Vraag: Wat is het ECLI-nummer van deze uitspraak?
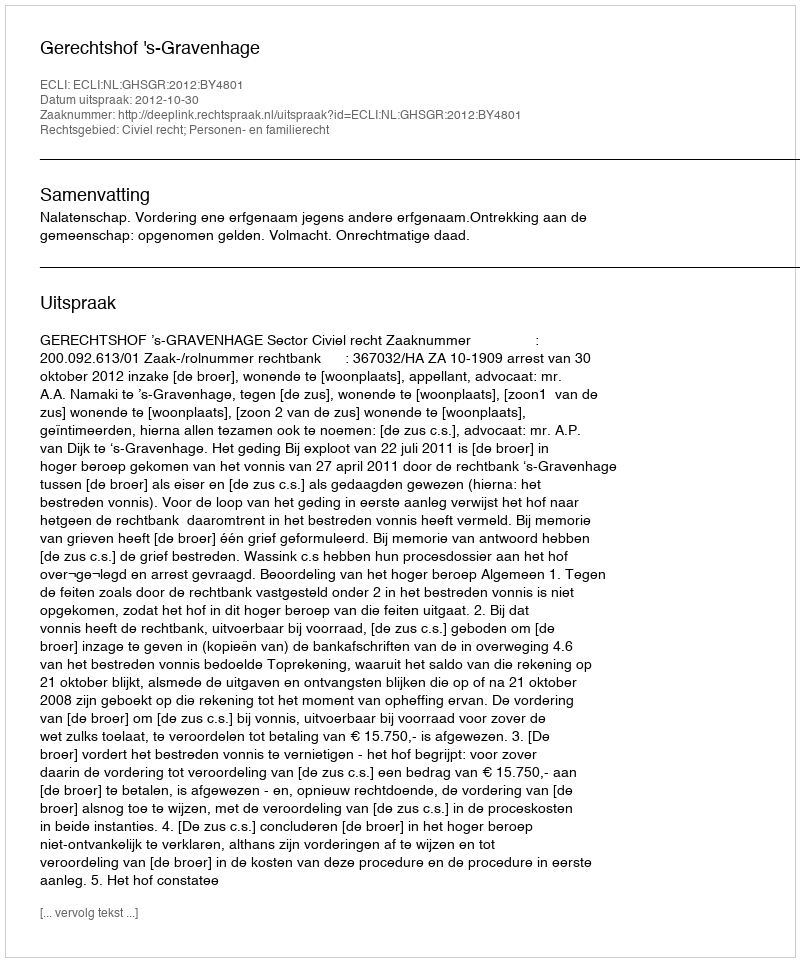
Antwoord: ECLI:NL:GHSGR:2012:BY4801